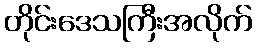
တိုင်းဒေသကြီးအလိုက်